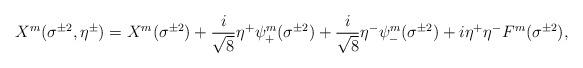
LaTeX: \begin{align*}X^m(\sigma^{\pm2},\eta^{\pm})=X^m(\sigma^{\pm2})+\frac{i}{\sqrt{8}}\eta^+\psi^m_+(\sigma^{\pm2})+\frac{i}{\sqrt{8}}\eta^-\psi^m_-(\sigma^{\pm2})+i\eta^+\eta^-F^m(\sigma^{\pm2}),\end{align*}